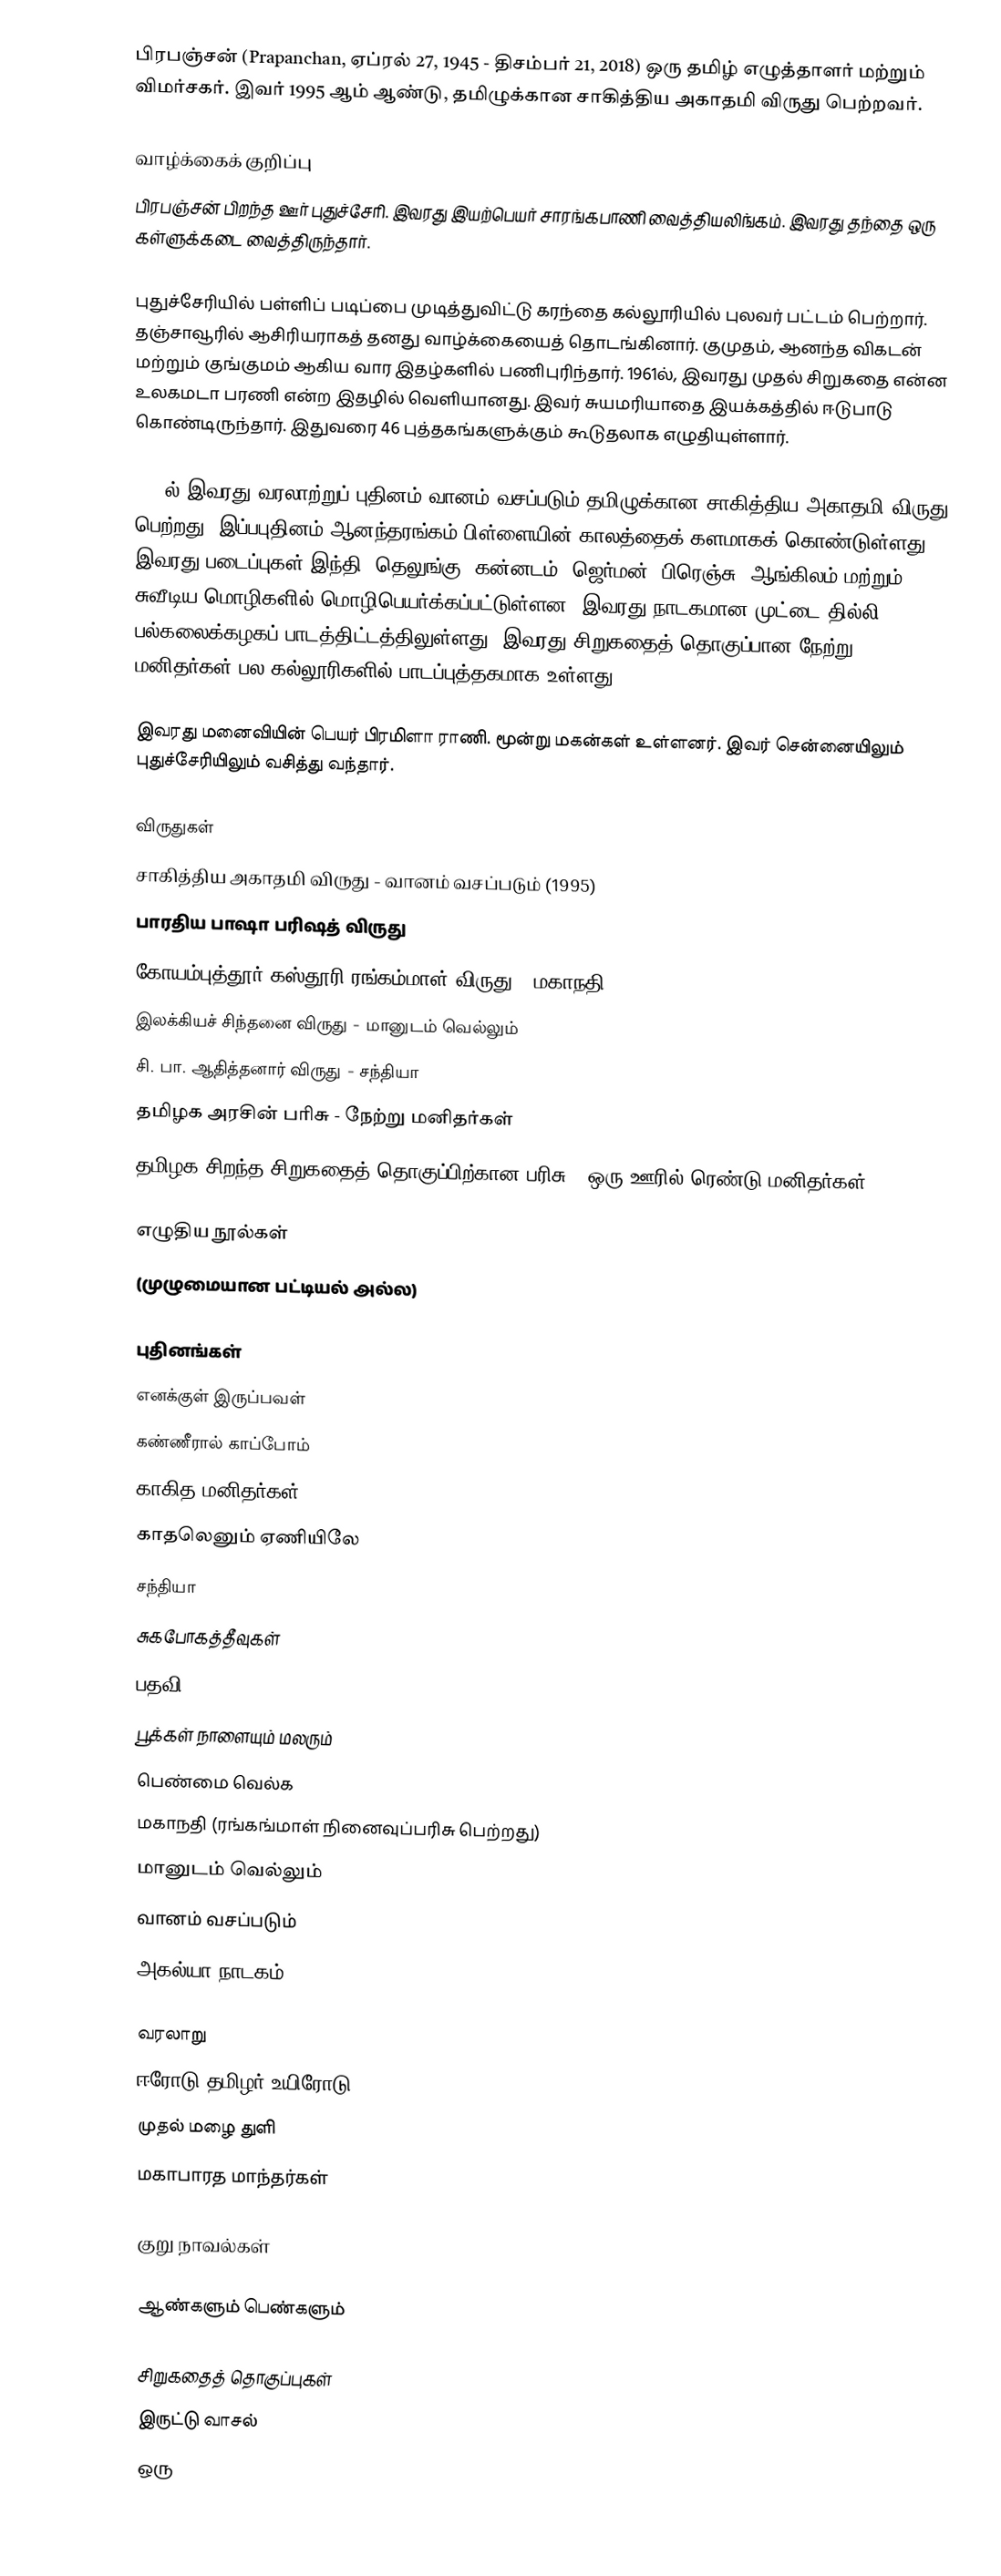
பிரபஞ்சன் (Prapanchan, ஏப்ரல் 27, 1945 - திசம்பர் 21, 2018) ஒரு தமிழ் எழுத்தாளர் மற்றும் விமர்சகர். இவர் 1995 ஆம் ஆண்டு, தமிழுக்கான சாகித்திய அகாதமி விருது பெற்றவர்.

வாழ்க்கைக் குறிப்பு
பிரபஞ்சன் பிறந்த ஊர் புதுச்சேரி. இவரது இயற்பெயர் சாரங்கபாணி வைத்தியலிங்கம். இவரது தந்தை ஒரு கள்ளுக்கடை வைத்திருந்தார்.

புதுச்சேரியில் பள்ளிப் படிப்பை முடித்துவிட்டு கரந்தை கல்லூரியில் புலவர் பட்டம் பெற்றார். தஞ்சாவூரில் ஆசிரியராகத் தனது வாழ்க்கையைத் தொடங்கினார். குமுதம், ஆனந்த விகடன் மற்றும் குங்குமம் ஆகிய வார இதழ்களில் பணிபுரிந்தார். 1961ல், இவரது முதல் சிறுகதை என்ன உலகமடா பரணி என்ற இதழில் வெளியானது. இவர் சுயமரியாதை இயக்கத்தில் ஈடுபாடு கொண்டிருந்தார். இதுவரை 46 புத்தகங்களுக்கும் கூடுதலாக எழுதியுள்ளார்.

1995ல் இவரது வரலாற்றுப் புதினம் வானம் வசப்படும் தமிழுக்கான சாகித்திய அகாதமி விருது பெற்றது. இப்பபுதினம் ஆனந்தரங்கம் பிள்ளையின் காலத்தைக் களமாகக் கொண்டுள்ளது. இவரது படைப்புகள் இந்தி, தெலுங்கு, கன்னடம், ஜெர்மன், பிரெஞ்சு, ஆங்கிலம் மற்றும் சுவீடிய மொழிகளில் மொழிபெயர்க்கப்பட்டுள்ளன. இவரது நாடகமான முட்டை தில்லி பல்கலைக்கழகப் பாடத்திட்டத்திலுள்ளது. இவரது சிறுகதைத் தொகுப்பான நேற்று மனிதர்கள் பல கல்லூரிகளில் பாடப்புத்தகமாக உள்ளது.

இவரது மனைவியின் பெயர் பிரமிளா ராணி. மூன்று மகன்கள் உள்ளனர். இவர் சென்னையிலும் புதுச்சேரியிலும் வசித்து வந்தார்.

விருதுகள்
சாகித்திய அகாதமி விருது - வானம் வசப்படும் (1995)
பாரதிய பாஷா பரிஷத் விருது
கோயம்புத்தூர் கஸ்தூரி ரங்கம்மாள் விருது - மகாநதி
இலக்கியச் சிந்தனை விருது - மானுடம் வெல்லும்
சி. பா. ஆதித்தனார் விருது - சந்தியா
தமிழக அரசின் பரிசு - நேற்று மனிதர்கள்
தமிழக சிறந்த சிறுகதைத் தொகுப்பிற்கான பரிசு - ஒரு ஊரில் ரெண்டு மனிதர்கள்

எழுதிய நூல்கள்
(முழுமையான பட்டியல் அல்ல)

புதினங்கள்
 எனக்குள் இருப்பவள்
 கண்ணீரால் காப்போம்
 காகித மனிதர்கள்
 காதலெனும் ஏணியிலே
 சந்தியா
 சுகபோகத்தீவுகள்
 பதவி
 பூக்கள் நாளையும் மலரும்
 பெண்மை வெல்க
 மகாநதி (ரங்கங்மாள் நினைவுப்பரிசு பெற்றது)
 மானுடம் வெல்லும்
 வானம் வசப்படும்
 அகல்யா நாடகம்

வரலாறு
ஈரோடு தமிழர் உயிரோடு
முதல் மழை துளி
மகாபாரத மாந்தர்கள்

குறு நாவல்கள்

ஆண்களும் பெண்களும்

சிறுகதைத் தொகுப்புகள்
 இருட்டு வாசல்
 ஒரு